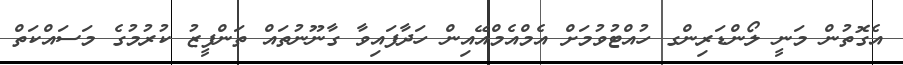
އެގޮތުން މަނީ ލޯންޑަރިންގ ހުއްޓުވުމަށް އެމްއެމްއޭއިން ހަދާފައިވާ ގާނޫނުތައް ތަންފީޒު ކުރުމުގެ މަސައްކަތް